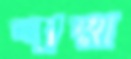
শাম্মা